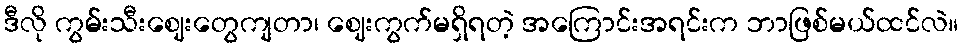
ဒီလို ကွမ်းသီးဈေးတွေကျတာ၊ ဈေးကွက်မရှိရတဲ့ အကြောင်းအရင်းက ဘာဖြစ်မယ်ထင်လဲ။